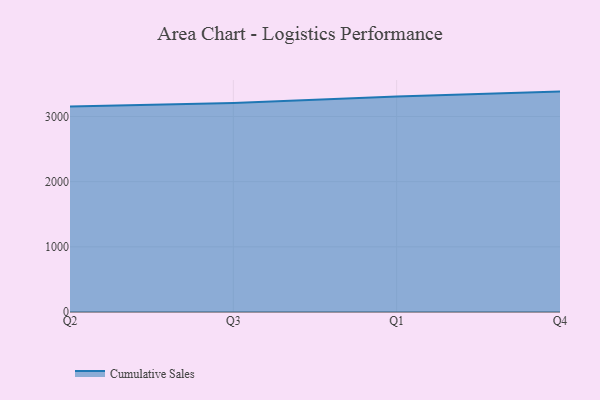
{"axis": {"x": "Quarter", "y": "Active Users"}, "legend": ["Cumulative Sales"], "data": [{"x": "Q2", "y": 3153.2, "type": "Cumulative Sales"}, {"x": "Q3", "y": 3206.9, "type": "Cumulative Sales"}, {"x": "Q1", "y": 3307.1, "type": "Cumulative Sales"}, {"x": "Q4", "y": 3382.3, "type": "Cumulative Sales"}]}